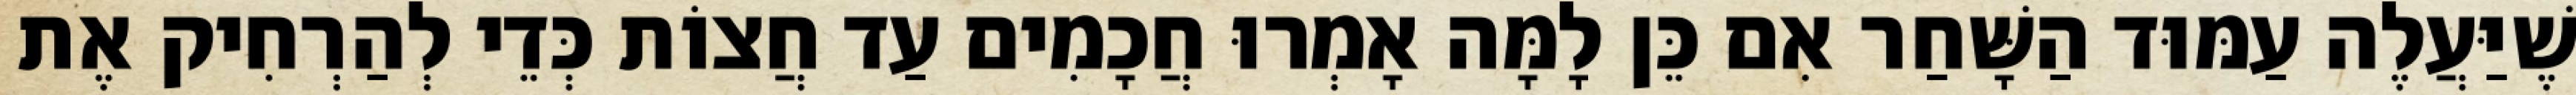
שֶׁיַּעֲלֶה עַמּוּד הַשָּׁחַר אִם כֵּן לָמָּה אָמְרוּ חֲכָמִים עַד חֲצוֹת כְּדֵי לְהַרְחִיק אֶת